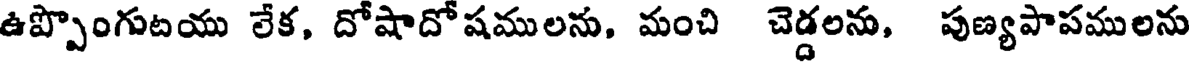
ఉప్పొంగుటయు లేక, దోషాదోషములను, మంచి చెడ్డలను, పుణ్యపాపములను